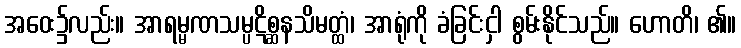
အဝေး၌လည်း။ အာရမ္မဏသမ္ပဋိစ္ဆနသိမတ္ထံ၊ အာရုံကို ခံခြင်းငှါ စွမ်းနိုင်သည်။ ဟောတိ၊ ၏။